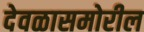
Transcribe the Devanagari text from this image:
देवळासमोरील